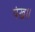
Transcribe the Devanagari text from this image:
पंख॥